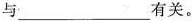
与___有关。